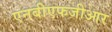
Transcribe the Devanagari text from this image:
एनबीएफजीआर